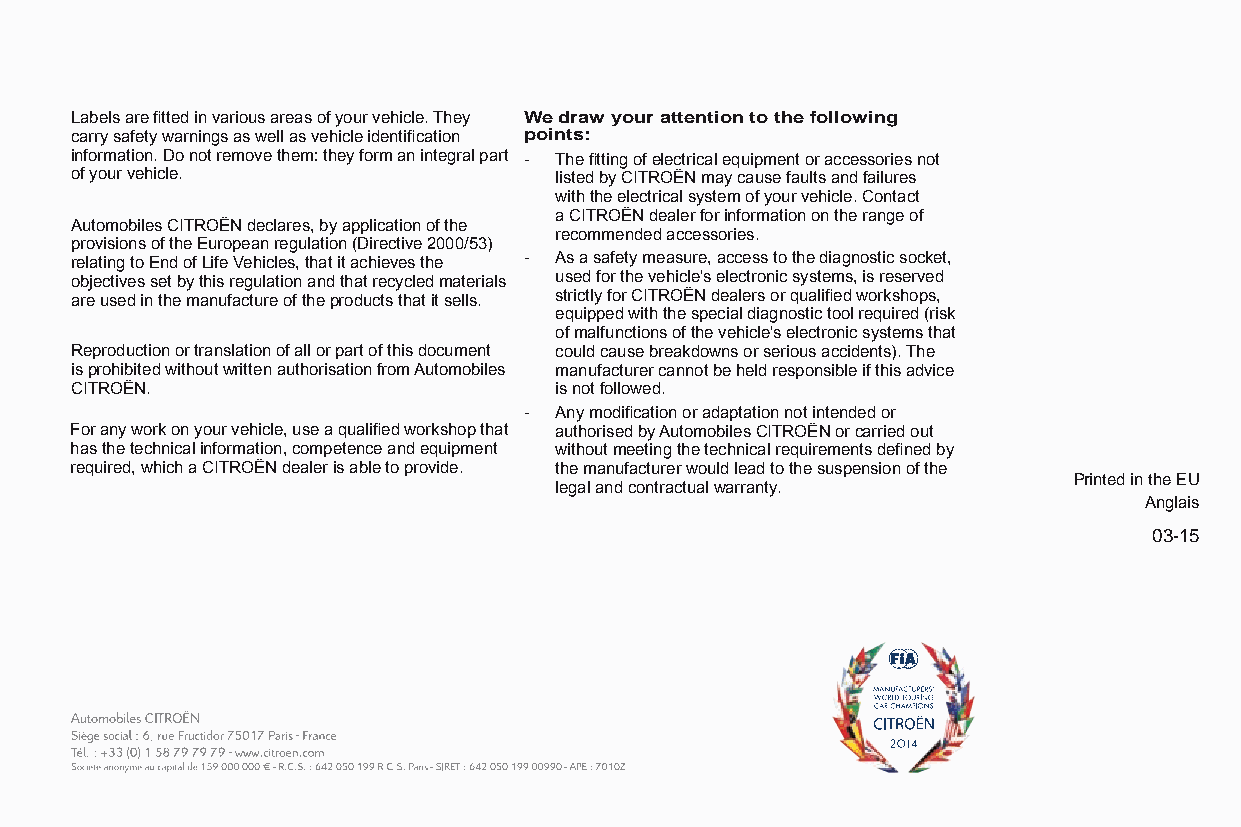
Labels are fitted in various areas of your vehicle. They We draw your attention to the following
 carry safety warnings as well as vehicle identification points:
 information. Do not remove them: they form an integral part - The fitting of electrical equipment or accessories not
 of your vehicle.                listed by CITROËN may cause faults and failures
 with the electrical system of your vehicle. Contact
 a CITROËN dealer for information on the range of
 Automobiles CITROËN declares, by application of the
 recommended accessories.
 provisions of the European regulation (Directive 2000/53)
 relating to End of Life Vehicles, that it achieves the - As a safety measure, access to the diagnostic socket,
 objectives set by this regulation and that recycled materials used for the vehicle's electronic systems, is reserved
 are used in the manufacture of the products that it sells. strictly for CITROËN dealers or qualified workshops,
 equipped with the special diagnostic tool required (risk
 of malfunctions of the vehicle's electronic systems that
 Reproduction or translation of all or part of this document could cause breakdowns or serious accidents). The
 is prohibited without written authorisation from Automobiles manufacturer cannot be held responsible if this advice
 CITROËN.                        is not followed.
 - Any modification or adaptation not intended or
 For any work on your vehicle, use a qualified workshop that authorised by Automobiles CITROËN or carried out
 has the technical information, competence and equipment without meeting the technical requirements defined by
 required, which a CITROËN dealer is able to provide. the manufacturer would lead to the suspension of the
 Printed in the EU
 legal and contractual warranty.
 Anglais
 03-15
 C4-Picasso-II_en_Chap12_couv-fin_ed01-2015